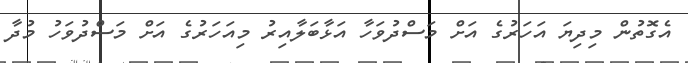
އެގޮތުން މިދިޔަ އަހަރުގެ އަށް މަސްދުވަހާ އަޅާބަލާއިރު މިއަހަރުގެ އަށް މަސްދުވަހު މުދާ